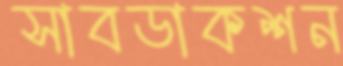
সাবডাকশন